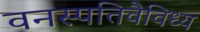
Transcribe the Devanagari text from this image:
वनस्पतिवैविध्य